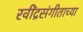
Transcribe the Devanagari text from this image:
रवींद्रसंगीताच्या